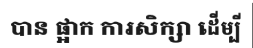
បាន ផ្អាក ការសិក្សា ដើម្បី